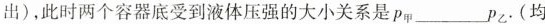
出)，此时两个容器底受到液体压强的大小关系是p_{甲}___p_{乙}.(均